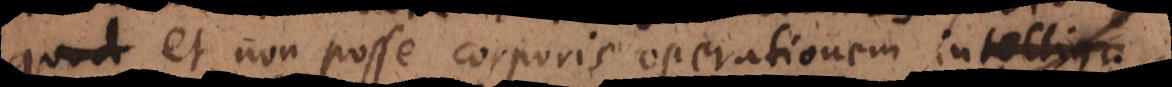
quod et non posse corporis operationem intelligi